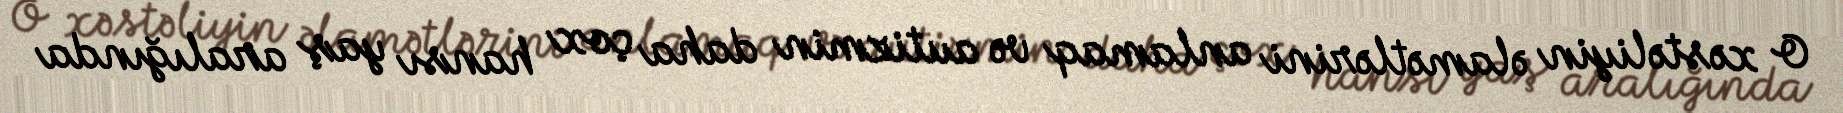
O xəstəliyin əlamətlərini anlamaq və autizmin daha çox hansı yaş aralığında